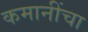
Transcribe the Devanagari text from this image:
कमानींचा